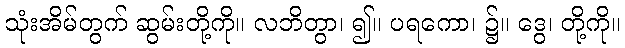
သုံးအိမ်တွက် ဆွမ်းတို့ကို။ လဘိတွာ၊ ၍။ ပရကော၊ ၌။ ဒွေ၊ တို့ကို။